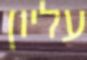
עליון